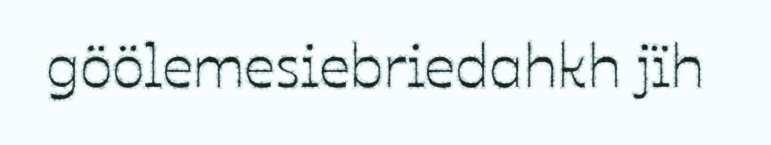
göölemesiebriedahkh jïh